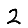
Digit: 2